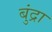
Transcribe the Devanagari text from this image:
बुंद्रा